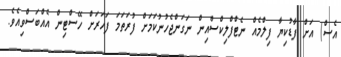
އެސް) އަށް ފާޑުކިޔާ ފިލްމެއް ނެޓްފްލިކްސްއިން ނަގަންޖެހުނުކަމަށް ފުރަތަމަ ފަހަރަށް ހޭސްޓިން އެއްބަސްވިއެވެ.